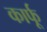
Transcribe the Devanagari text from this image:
कार्फू